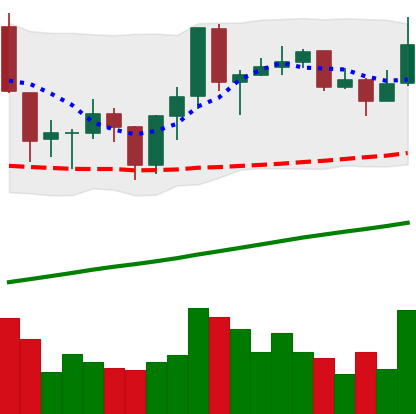
Ticker: ADA-USD
Chart end date: 2019-06-22
Forward return: -8.391%
Label: down_7plus